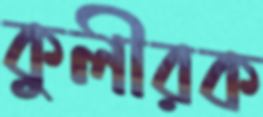
কুলীরক